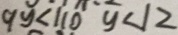
9 y < 1 1 0 y < 1 2